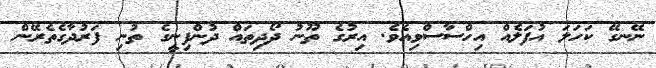
ނޭނގޭ ކަހަލަ އުފަލެއް އިހްސާސްވިއެވެ. އިރުގެ ތޫނު ދޯދިތައް ދުންފިނީގެ ތުނި ފަރުދާގެތެރޭން